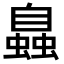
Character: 𧑉